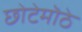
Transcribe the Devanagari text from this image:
छोटेमॊठे